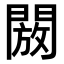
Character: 𮤖